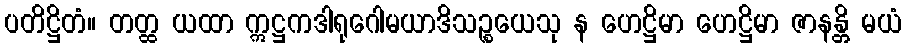
ပတိဋ္ဌိတံ။ တတ္ထ ယထာ ဣဋ္ဌကဒါရုဂေါမယာဒိသဉ္စယေသု န ဟေဋ္ဌိမာ ဟေဋ္ဌိမာ ဇာနန္တိ မယံ